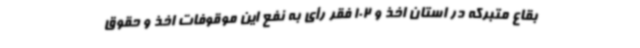
بقاع متبرکه در استان اخذ و 102 فقر رأی به نفع این موقوفات اخذ و حقوق